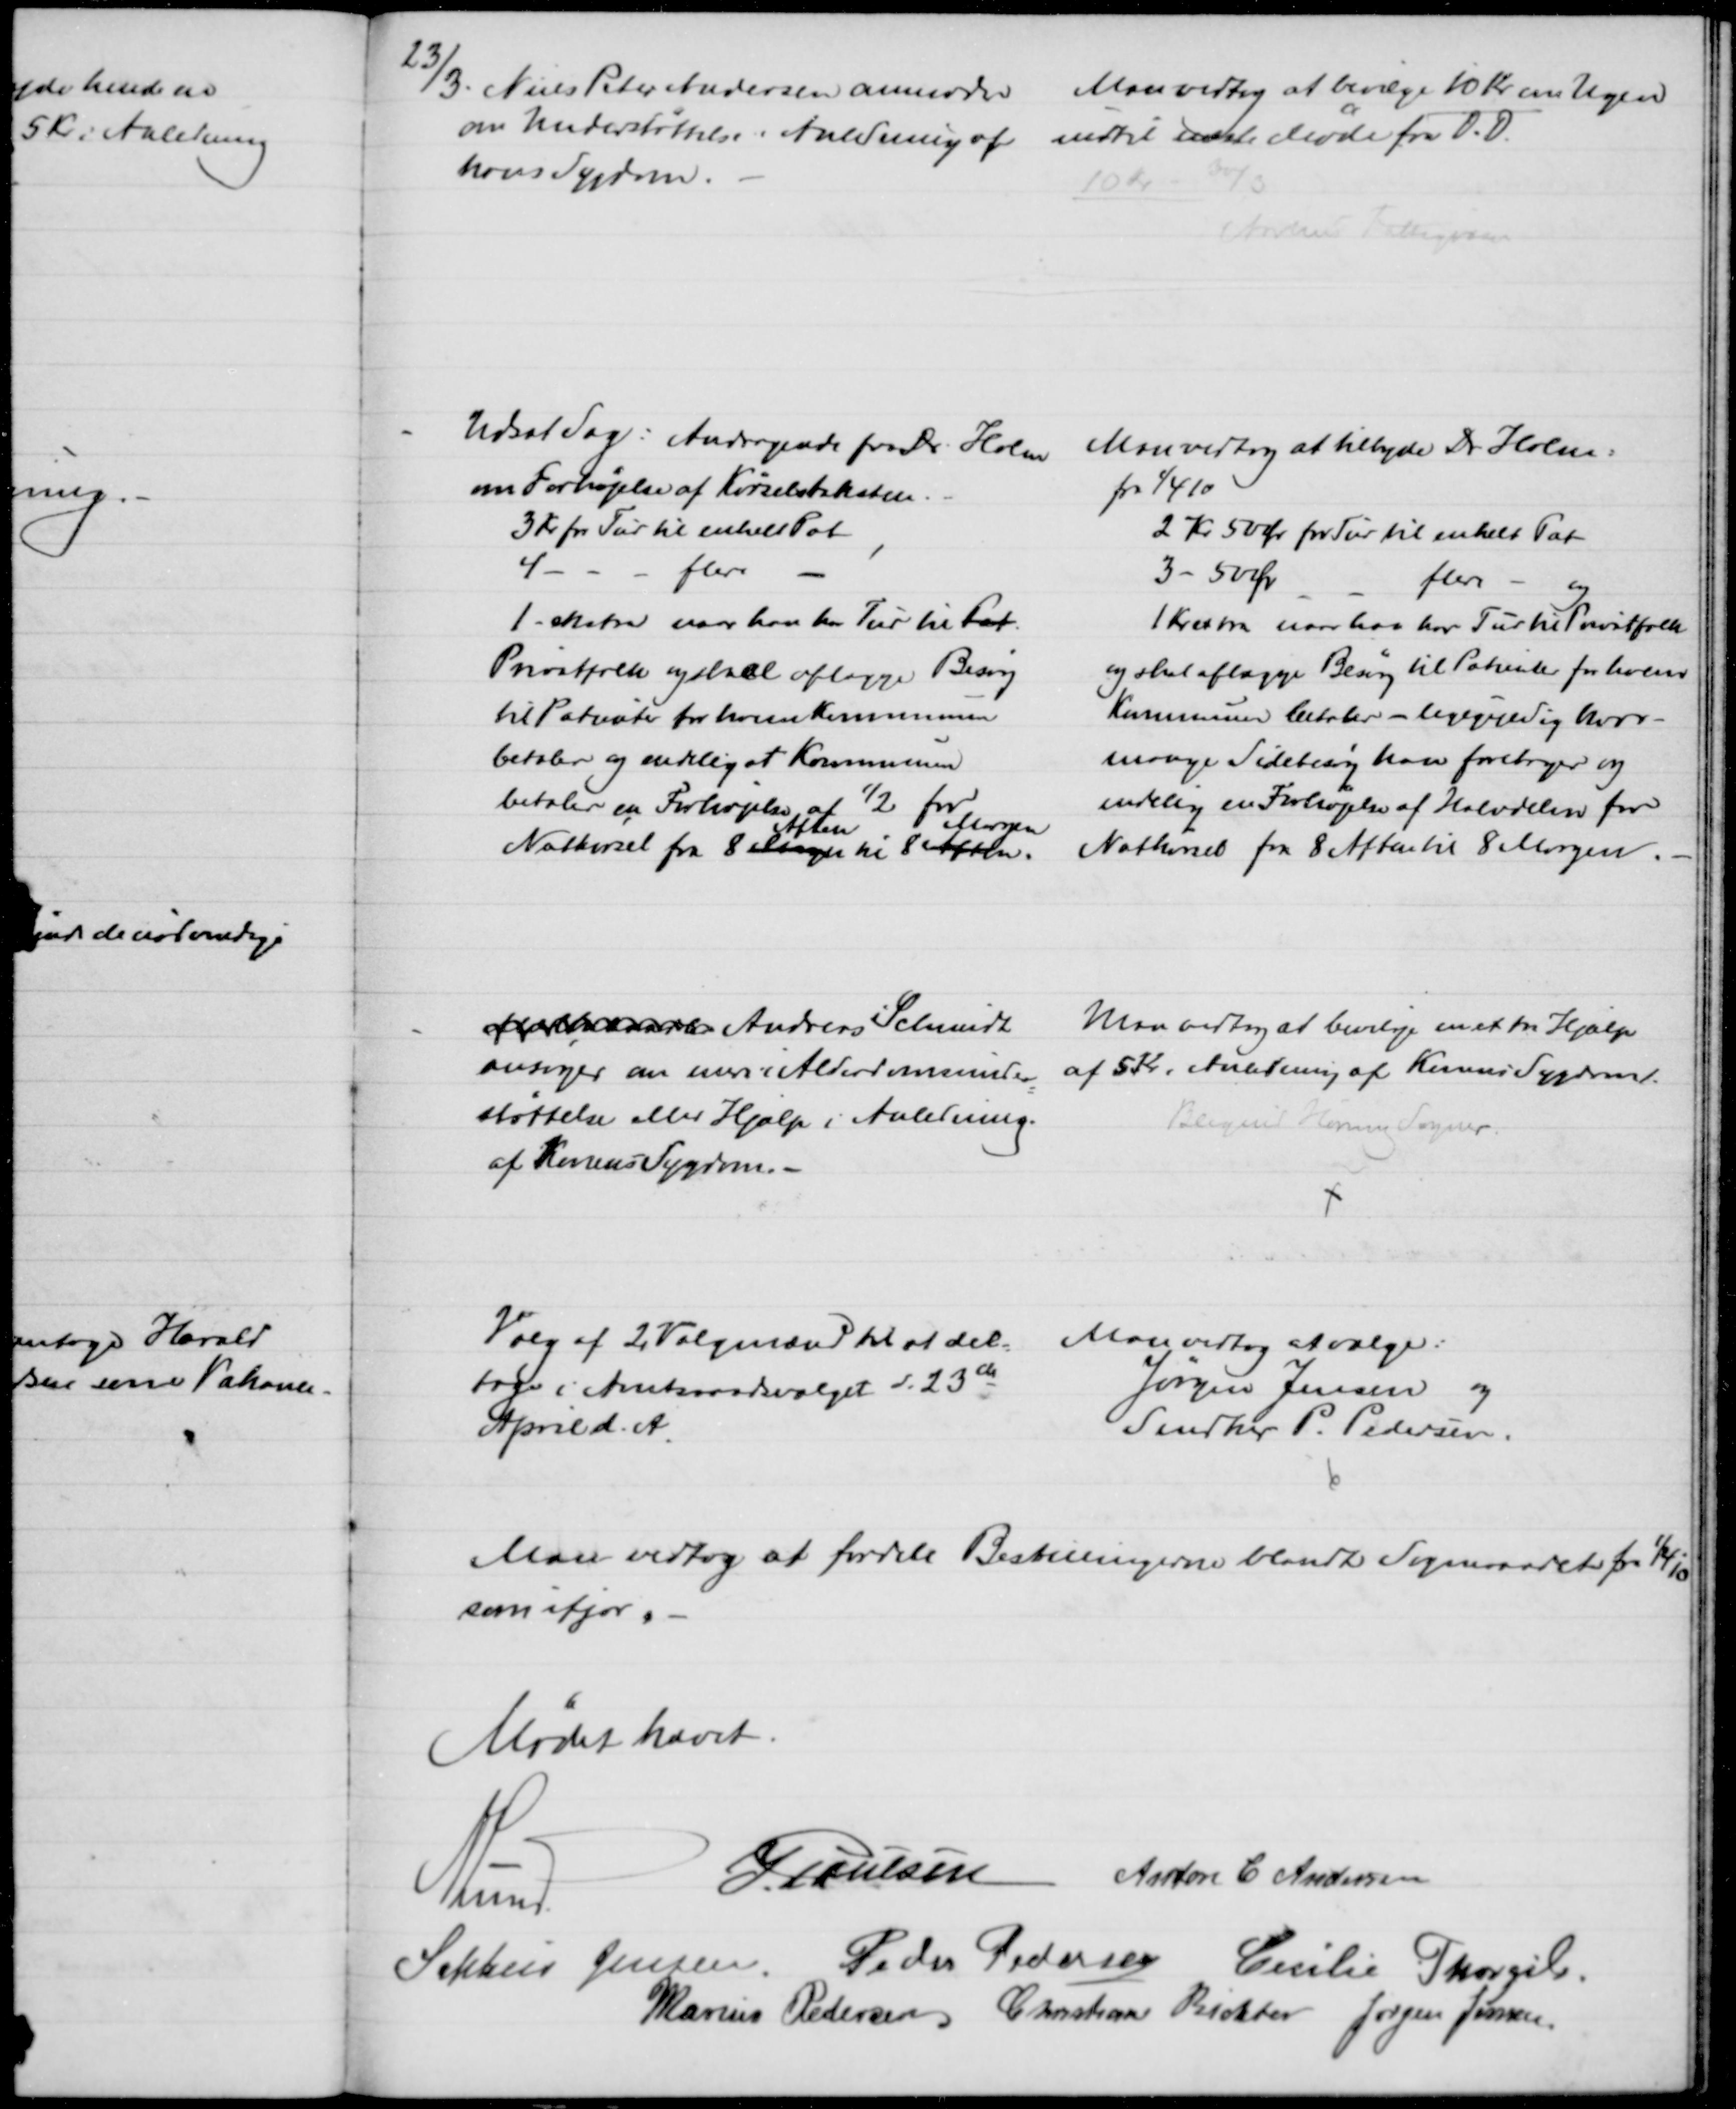
Transskription:
23/3. Niels Peter Andersen anmoder 
om Understøttelse i Anledning af 
hans Sygdom.
Man vedtog at bevilge 10 Kr om Ugen
indtil næste Møde fra D.D.
10 Kr - 30/3
Aarhus Fattigvæsen
Udsat Sag: Andragende fra Dr. Holm
om Forhøjelse af Kørselstaksten
3 Kr pr Tur til enkelt Pat
4
flere
1 - ekstra naar han har Tur til Pat
Privatfolk og skal aflægge Besøg
til Patienter for hvem Kommunen 
betaler og endelig at Kommunen
betaler en Forhøjelse af ½ for
Natkørsel fra 8 Morgen
Aften
til 8 Aften.
Morgen
Man vedtog at tilbyde Dr. Holm:
fra 1/4 10
2 Kr 50 Øre for Tur til enkelt Pat
3 - 50 Ør
flere - og
1 Kr extra naar han har Tur til Privatfolk
og skal aflægge Besøg til Patienter for hvem
Kommunen betaler - ligegyldig hvor-
mange Sidebesøg han foretager og
endelig en Forhøjelse af Halvdelen for
Natkørsel fra 8 Aften til 8 Morgen.
 Andreas Schmidt
ansøger om mere i Alderdomsunder
=
støttelse eller Hjælp i Anledning.
af Konens Sygdom. 
Man vedtog at bevilge en extra Hjælp
af 5 Kr i Anledning af Konens Sygdom.
Blegind Hørning Sogner
Valg af 2 Valgmænd til at del-
tage i Amtsraadsvalget d. 23de
April d. A.
Man vedtog at vælge:
Jørgen Jensen og
Snedker P. Pedersen.
Man vedtog at fordele Bestillingerne blandt Sogneraadet fra 1/4 10
som ifjor.
Mødet hævet
A Lund
J. Poulsen Anton C Andersen
Sophus Jensen. Peder Pedersen Cecilie Thorgils.
Marius Pedersen Christian Richter Jørgen Jensen